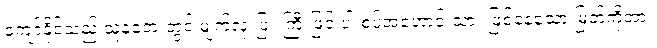
ကျော်နိုင်သည် သူ့နံဘေးတွင် မျက်လုံးပြူးကြီးဖြင့် ပါးစပ်အဟောင်းသား ဖြစ်နေသော မြတ်ကိုအား